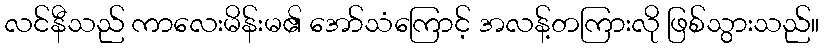
လင်နီသည် ကာလေးမိန်းမ၏ အော်သံကြောင့် အလန့်တကြားလို ဖြစ်သွားသည်။